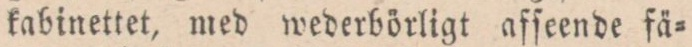
kabinettet, med wederbörligt afſeende fä=